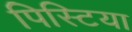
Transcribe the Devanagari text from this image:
पिस्टिया